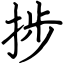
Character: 捗